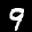
Label: 9